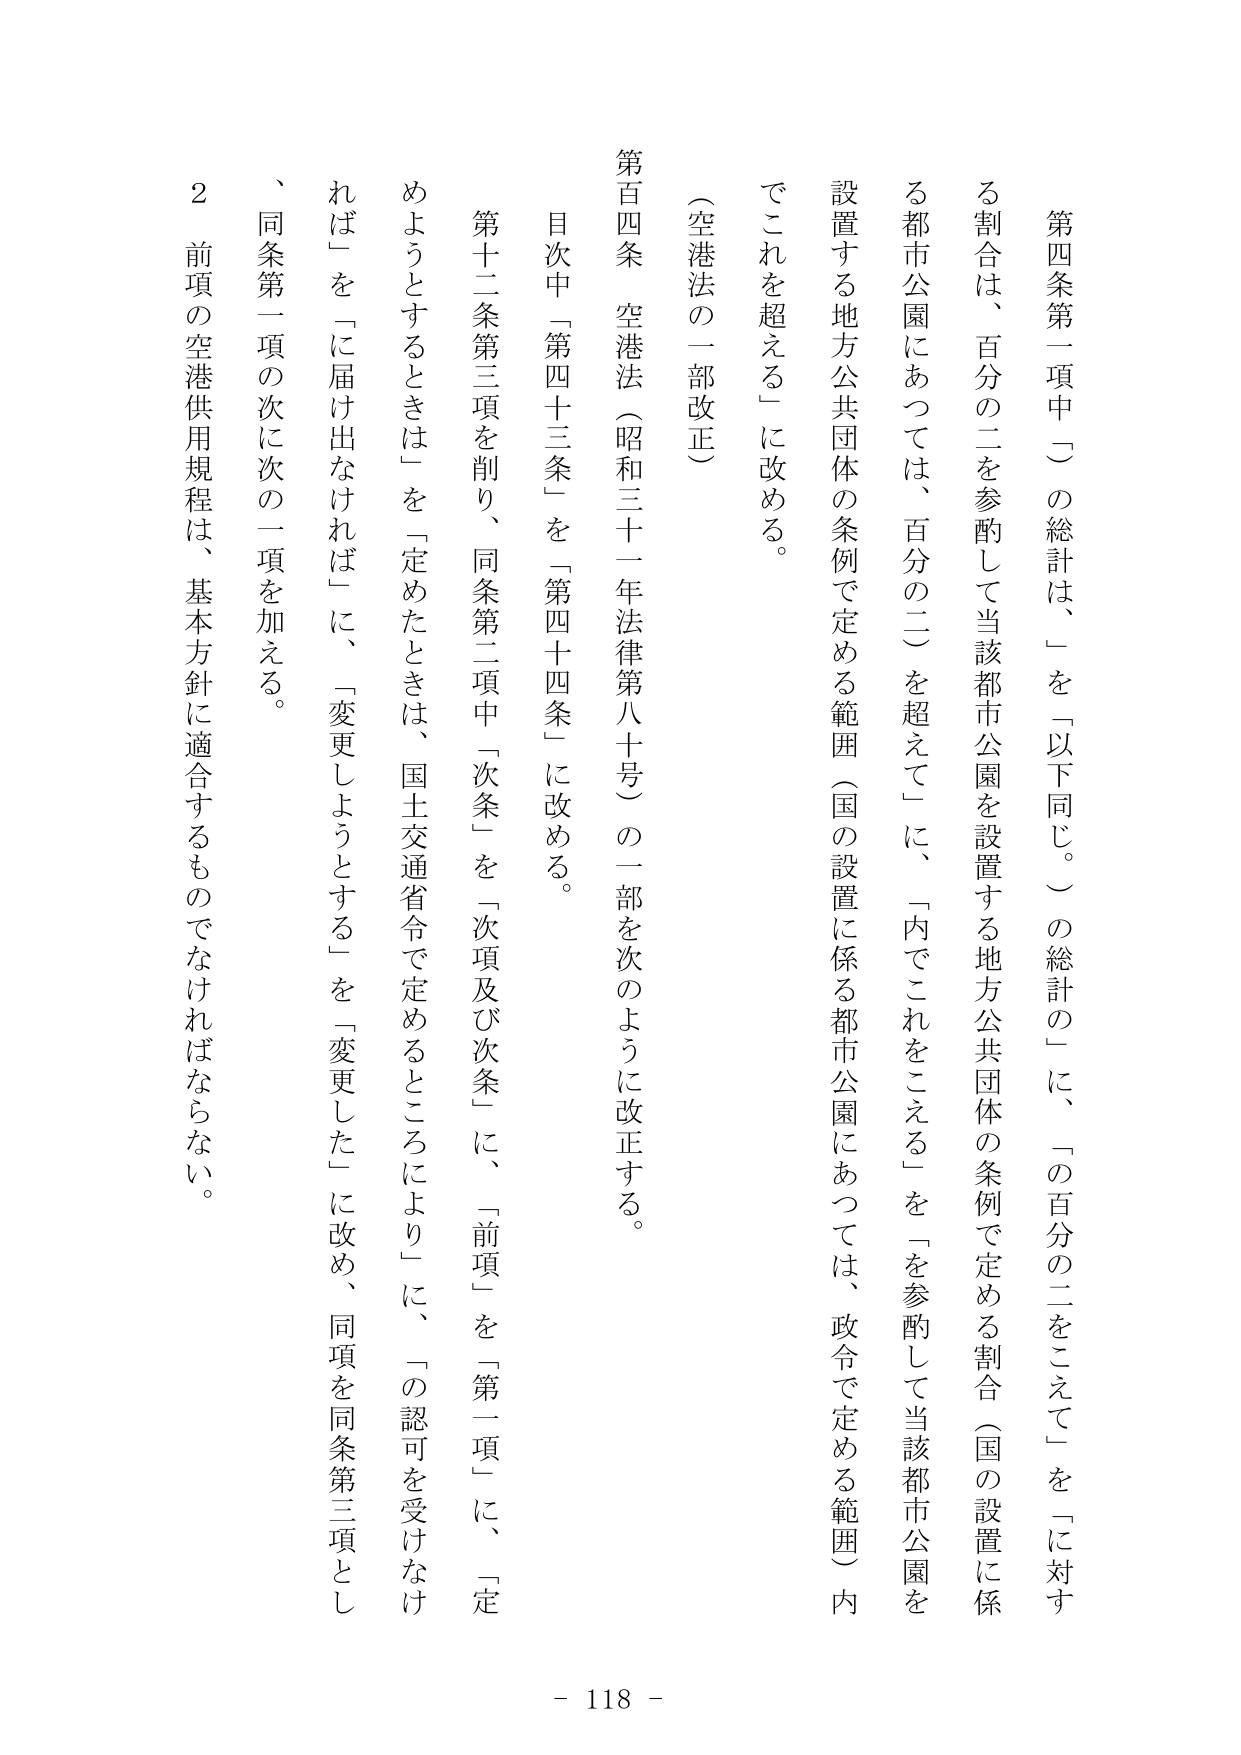
第四条第一項中「」の総計は、「」を「以下同じ。」の総計の「」に、「の百分の二をこえて」を「に対す
る割合は、百分の二を参酌して当該都市公園を設置する地方公共団体の条例で定める割合（国の設置に係
る都市公園にあっては、百分の二）を超えて」に、「内でこれをこえる」を「を参酌して当該都市公園を
設置する地方公共団体の条例で定める範囲（国の設置に係る都市公園にあっては、政令で定める範囲）内
でこれを超える」に改める。

（空港法の一部改正）

第百四条　空港法（昭和三十一年法律第八十号）の一部を次のように改正する。
　目次中「第四十三条」を「第四十四条」に改める。
　第十二条第三項を削り、同条第二項中「次条」を「次項及び次条」に、「前項」を「第一項」に、「定
めようとするときは」を「定めたときは、国土交通省令で定めるところにより」に、「の認可を受けなけ
れば」を「に届け出なければ」に、「変更しようとする」を「変更した」に改め、同項を同条第三項とし
、同条第一項の次に次の一项を加える。
　　２　前項の空港供用規程は、基本方針に適合するものでなければならない。

- 118 -